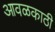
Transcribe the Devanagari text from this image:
आवळकाठी